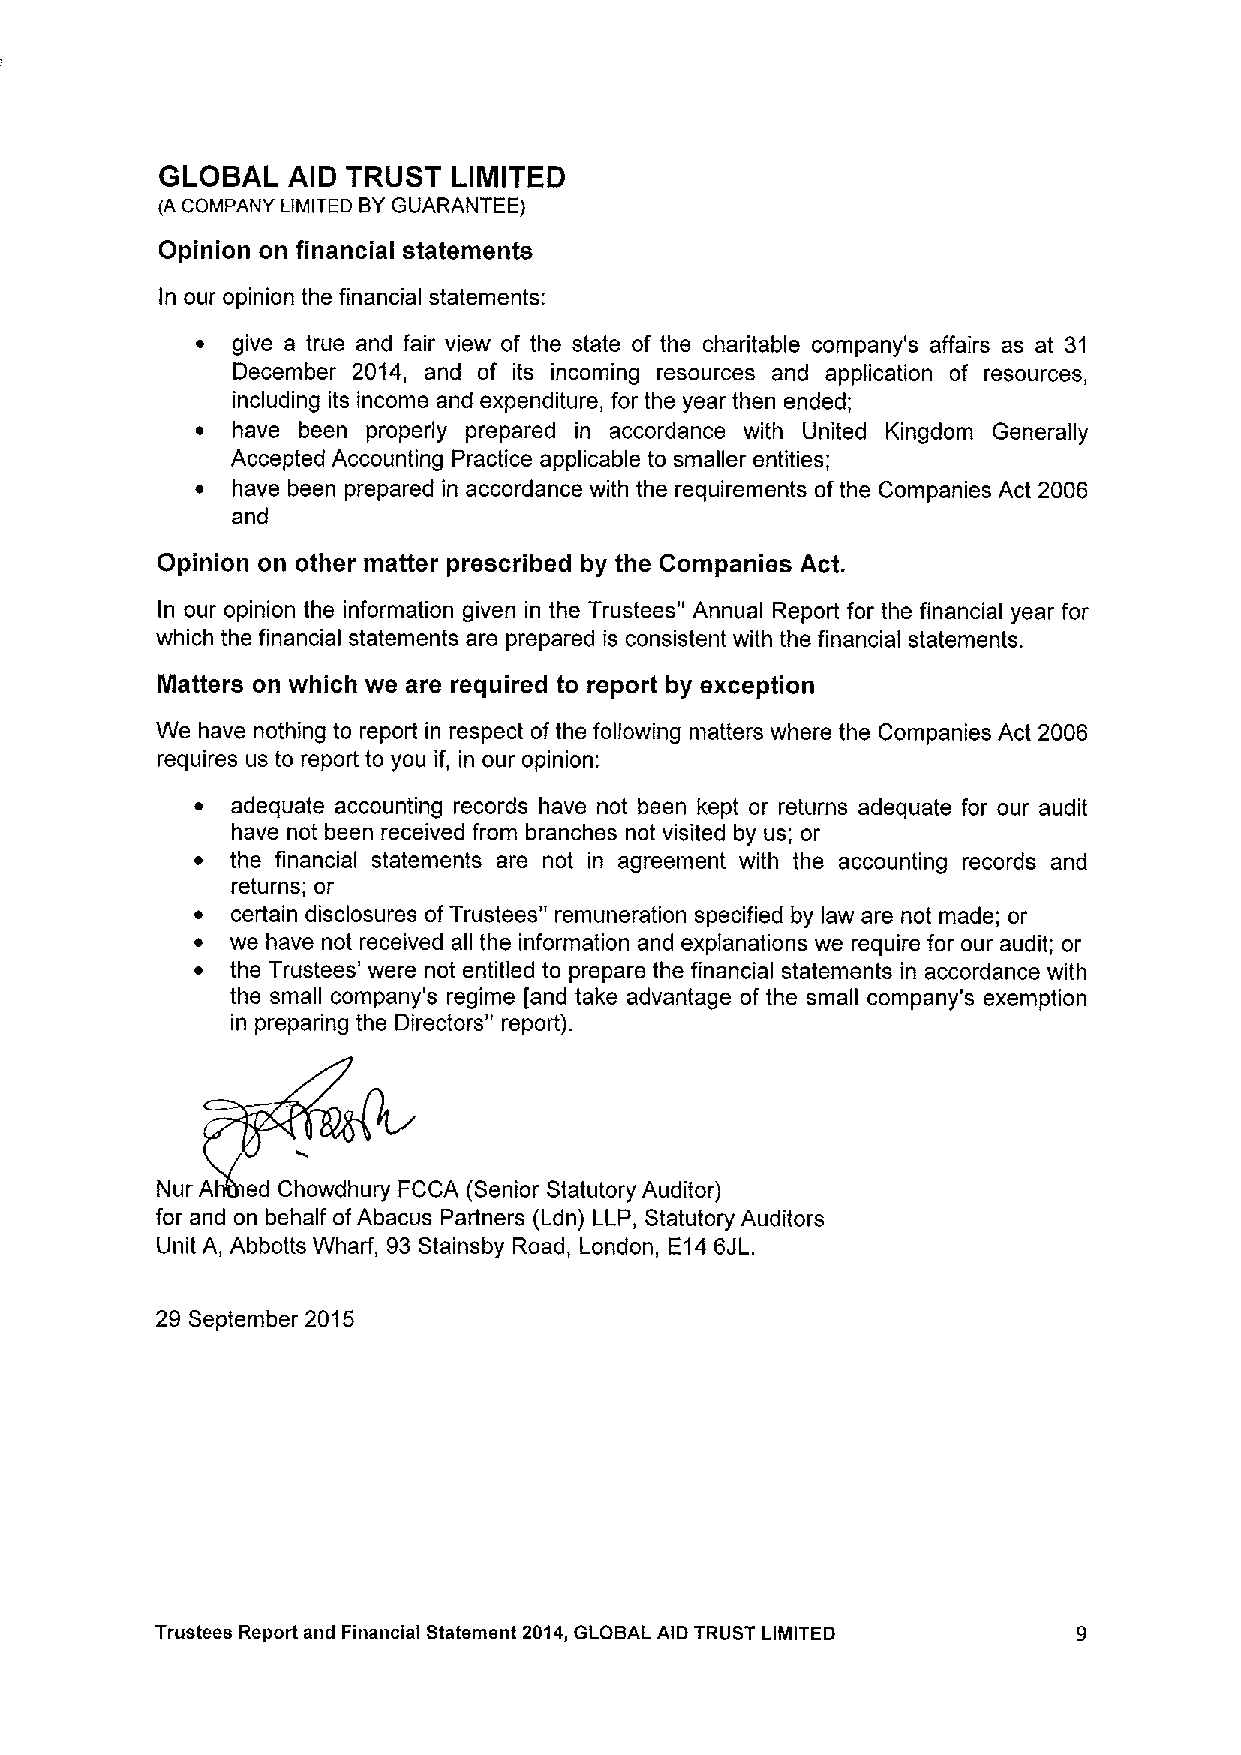
GLOBAL  AID TRUST  LIMITED
 IA COMPANY LIMITED BYGUARANTEE)
 Opinion on financial statements
 In our opinion the financial statements:
 ~ give a true and fair view of the state of the charitable company's affairs as at 31
 December 2014, and of its incoming resources and application of resources,
 including its income and expenditure, for the year then ended;
 ~ have been properly prepared in accordance with United Kingdom Generally
 Accepted Accounting Practice applicable to smaller entities;
 ~ have been prepared in accordance with the requirements ofthe Companies Act 2006
 and
 Opinion on other matter prescribed by the Companies Act.
 In our opinion the information given in the Trustees" Annual Report for the financial year for
 which the financial statements are prepared is consistent with the financial statements.
 Matters on which we are required to report by exception
 We have nothing to report in respect of the following matters where the Companies Act 2006
 requires us to report to you if, in our opinion:
 ~ adequate accounting records have not been kept or returns adequate for our audit
 have not been received from branches not visited by us; or
 ~ the financial statements are not in agreement with the accounting records and
 returns; or
 ~ certain disclosures ofTrustees" remuneration specified by law are not made; or
 ~ we have not received all the information and explanations we require for our audit; or
 ~ the Trustees' were not entitled to prepare the financial statements in accordance with
 the small company's regime [and take advantage of the small company's exemption
 in preparing the Directors" report).
 Nur A ed Chowdhury FCCA (Senior Statutory Auditor)
 for and on behalf ofAbacus Partners (Ldn) LLP, Statutory Auditors
 Unit A, Abbotts Wharf, 93 Stainsby Road, London, E146JL.
 29 September 2015
 Trustees Report and Financial Statement 2014,GLOBAL AID TRUST LIMITED